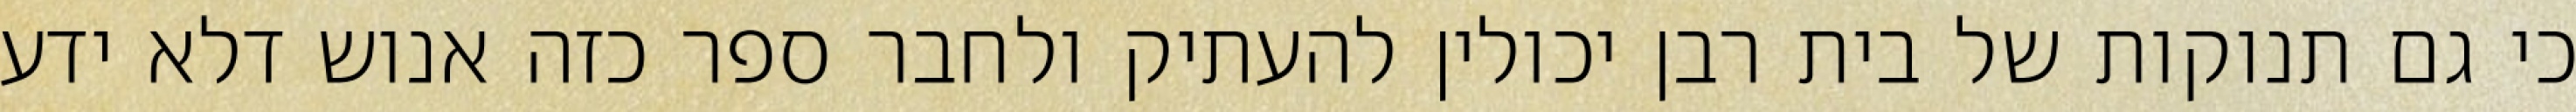
כי גם תנוקות של בית רבן יכולין להעתיק ולחבר ספר כזה אנוש דלא ידע